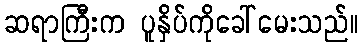
ဆရာကြီးက ပူနှိပ်ကိုခေါ်မေးသည်။